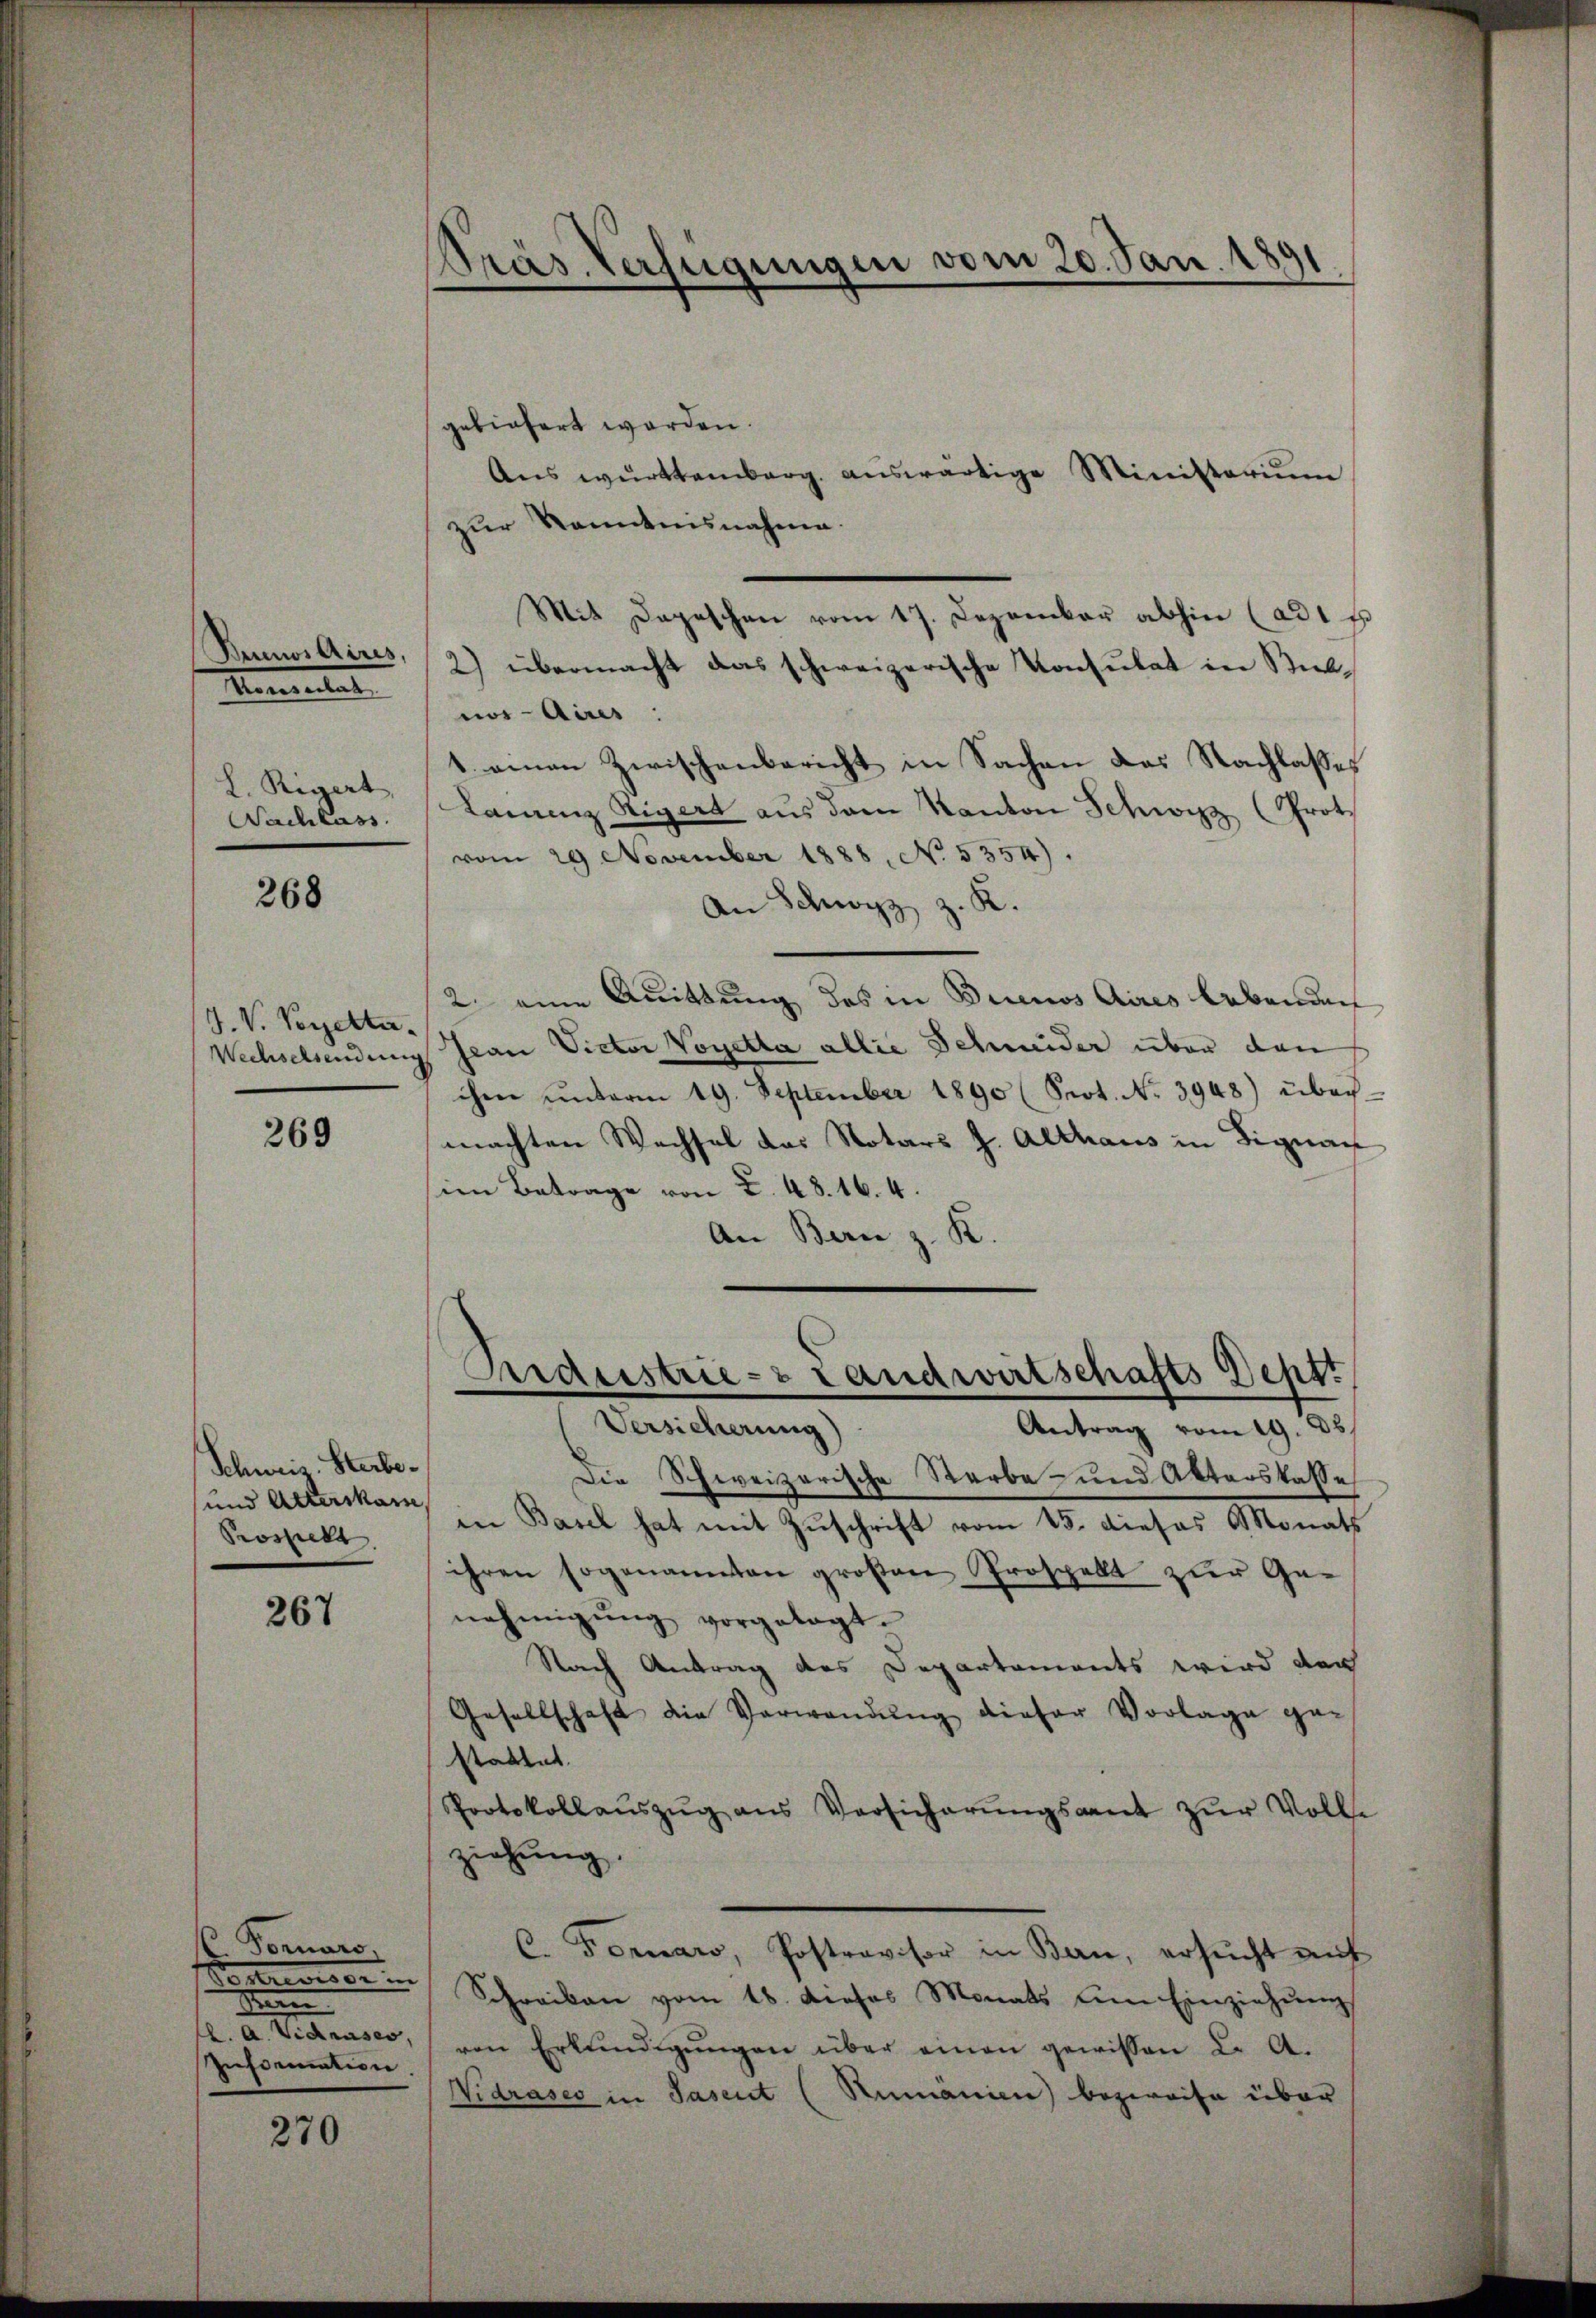
Binos Aires,
Memental
L. Regert,
Nachlass

268

J. V. Pezetta.
Wechselsendung

269

Schweiz. Sterbe¬
und Alterskam,
Prospickt.

267

Fornaro.
d
Man
L. A. Vidauses,
Information.

270

Pras Verfügungen vom 20. Jan. 18

gebietert worden.
Ans württemberg. aŭswärtige Ministeriŭm
zur Kenntnisnahme.
2) übermacht das schweizerische Konsulat in Subnos Aires.
1. einen Zwischenbericht in Sachen das Nachlasses
Laurenz Rigert aus dem Kanton Schwyz (Prot
vom 29 November 1888. No. 5354).
An Schwyz z. R.
2. eine Quittung des in Brinos Aires lebenden
jean Victor Vogetta allie Schmeider über den
ihen ŭnterm 19. September 1890 (Prot. No 3948) über-
machten Wechsel das Notars J. Althaus in Signau
sien Betrage von 2. 48. 164.
An Bern z. K.
Aardustrie- & Landwirtschafts-Deptt
Versicherung)
Antrag vom 19. 35.
Die Schweizerische Sterbe- und Akterskasse
in Basel hat mit Zuschrift vom 15. dieses Monats
ihren sogenannten großen Prospelt zur Ge-
nehmigŭng vorgelegt.
Nach Antrag des Departements wird den
Gesellschaft die Verwendŭng dieser Vorlage ge-
stattet.
Protokollaŭszŭg ans Versicherŭngsant zŭr Volle
ziehung.
C. Tomaro, Postrovisor in Ban, ersŭcht aŭf
Schreiben vom 18. dieses Monats am Einziehŭng
von Erkŭndigŭngen über einen gewissen L. A.
Nidrases in Pasent (Rumanien bezweife über

Mit Depeschen vom 17. Dezember abhin (ad 1 E